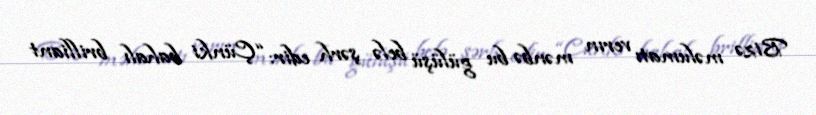
Bizə məlumatı verın mənbə bu gülüşü belə şərh edir: “Çünki bahalı brilliant